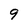
Character: 9